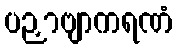
ပဉှာဗျာကရဏံ